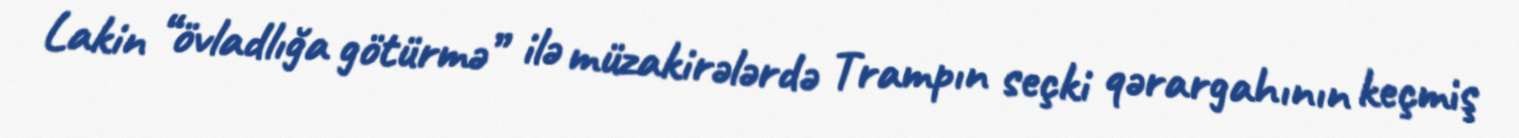
Lakin “övladlığa götürmə” ilə müzakirələrdə Trampın seçki qərargahının keçmiş